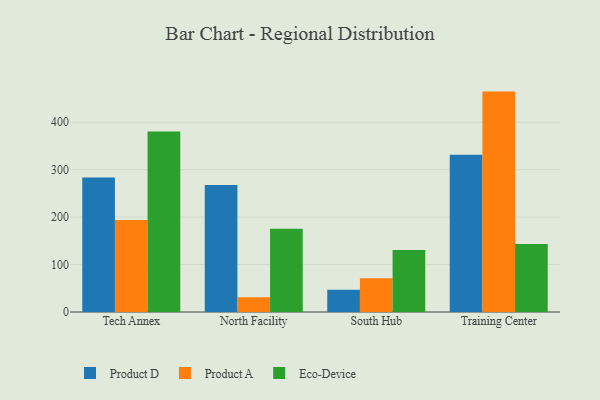
{"axis": {"x": "Campus", "y": "Net Income (USD K)"}, "legend": ["Eco-Device", "Product A", "Product D"], "data": [{"x": "Tech Annex", "y": 283.7, "type": "Product D"}, {"x": "Tech Annex", "y": 194.0, "type": "Product A"}, {"x": "Tech Annex", "y": 380.3, "type": "Eco-Device"}, {"x": "North Facility", "y": 267.6, "type": "Product D"}, {"x": "North Facility", "y": 30.9, "type": "Product A"}, {"x": "North Facility", "y": 175.3, "type": "Eco-Device"}, {"x": "South Hub", "y": 46.8, "type": "Product D"}, {"x": "South Hub", "y": 71.2, "type": "Product A"}, {"x": "South Hub", "y": 130.5, "type": "Eco-Device"}, {"x": "Training Center", "y": 331.5, "type": "Product D"}, {"x": "Training Center", "y": 464.6, "type": "Product A"}, {"x": "Training Center", "y": 143.6, "type": "Eco-Device"}]}